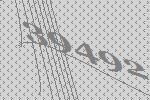
39492